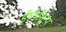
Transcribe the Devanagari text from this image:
ईर्ष्याशून्य